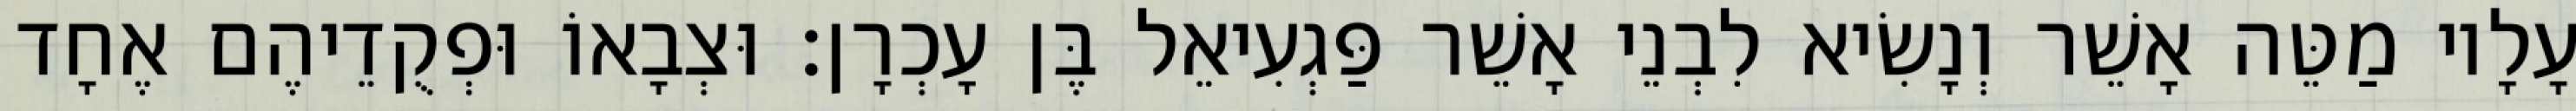
עָלָיו מַטֵּה אָשֵׁר וְנָשִׂיא לִבְנֵי אָשֵׁר פַּגְעִיאֵל בֶּן עָכְרָן׃ וּצְבָאוֹ וּפְקֻדֵיהֶם אֶחָד